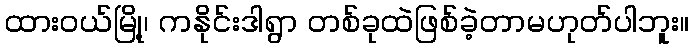
ထားဝယ်မြို့၊ ကနိုင်းဒါရွာ တစ်ခုထဲဖြစ်ခဲ့တာမဟုတ်ပါဘူး။